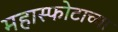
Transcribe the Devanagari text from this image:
महास्फोटाच्या